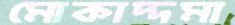
মোকাদ্দমা